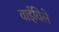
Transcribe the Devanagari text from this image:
वाईविले